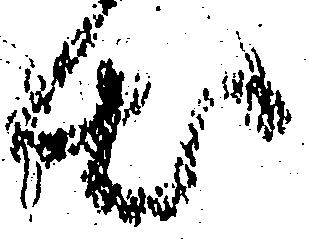
出